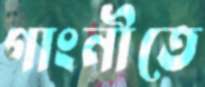
গাংনীতে